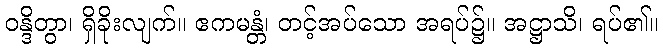
ဝန္ဒိတွာ၊ ရှိခိုးလျက်။ ဧကမန္တံ၊ တင့်အပ်သော အရပ်၌။ အဋ္ဌာသိ၊ ရပ်၏။